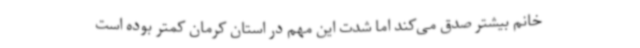
خانم بیشتر صدق می‌کند اما شدت این مهم در استان کرمان کمتر بوده است